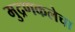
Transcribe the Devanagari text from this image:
मुद्रणकलेचा